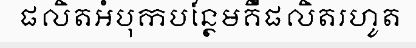
ផលិតអំបុកបន្ថែមគឺផលិតរហូត